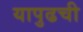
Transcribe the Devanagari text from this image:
यापुढची